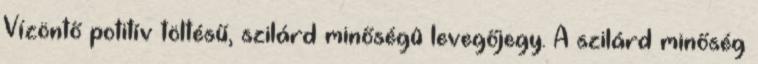
Vízöntő potitív töltésű, szilárd minőségû levegőjegy. A szilárd minőség